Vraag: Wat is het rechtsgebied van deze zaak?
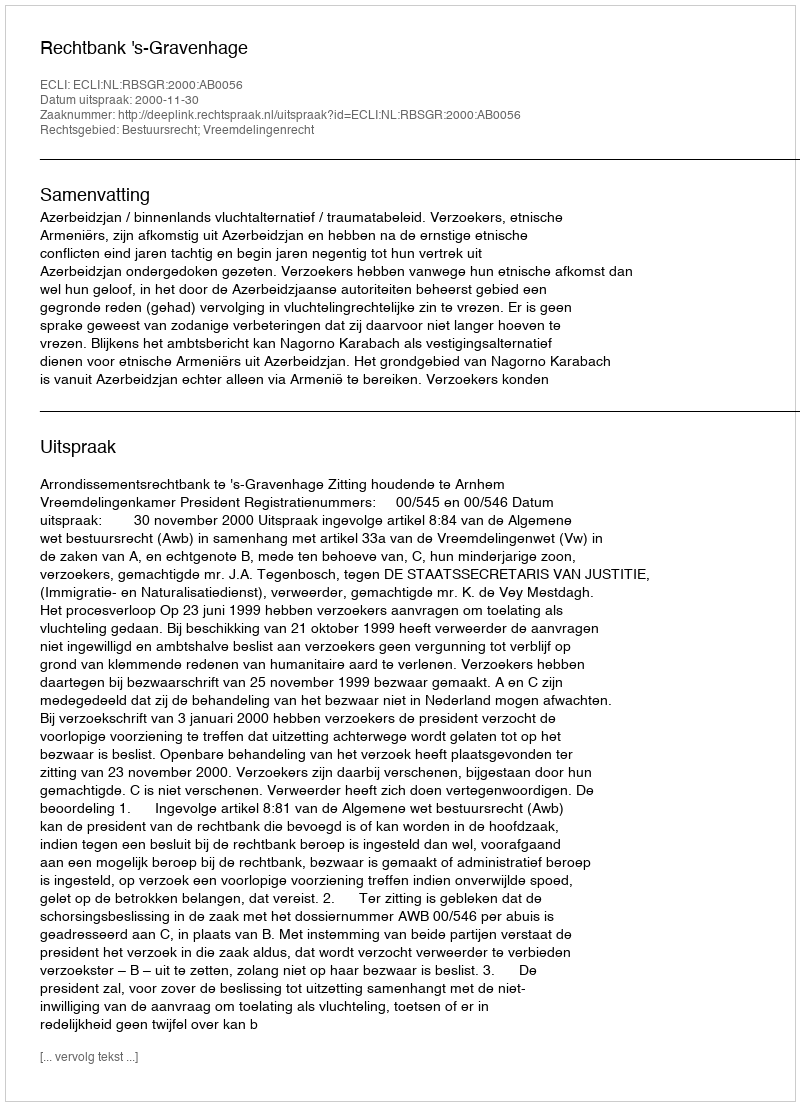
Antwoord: Bestuursrecht; Vreemdelingenrecht